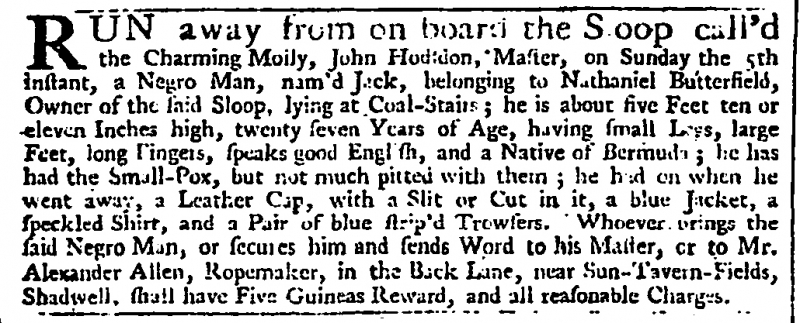
Daily Advertiser, 18 June 1743 (England)
RUN away from on board the Sloop call’d the Charming Molly, John Hodsdon, Master, on Sunday the 5th instant, a Negro Man, nam’d Jack, belonging to Nathaniel Butterfield, Owner of the said Sloop, lying at Coal-Stairs; he is about five Feet ten or eleven Inches high, twenty seven Years of Age, having small Legs, large Feet, long Fingers, speaks good English, and a Native of Bermuda; he has had the Small-Pox, but not much pitted with them; he had on when he went away, a Leather Cap, with a Slit or Cut in it, a blue Jacket, a speckled Shirt, and a Pair of blue strip’d Trowsers. Whoever brings the said Negro Man, or secures him and sends Word to his Master, or to Mr. Alexander Allen, Ropemaker, in the Back Lane, near Sun-Tavern-Fields, Shadwell, shall have Five Guineas Reward, and all reasonable Charges.